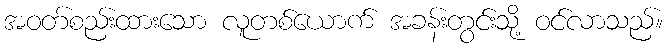
အဝတ်စည်းထားသော လူတစ်ယောက် အခန်းတွင်းသို့ ဝင်လာသည်။